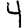
Digit: 4